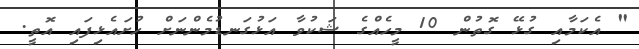
" އެކަމާއި ގުޅޭ ގޮތުން 10 މީހެއްގެ ޝަކުވާ އަޅުގަނޑުމެންނަށް ހުށައެޅިފައި އޮތީ.